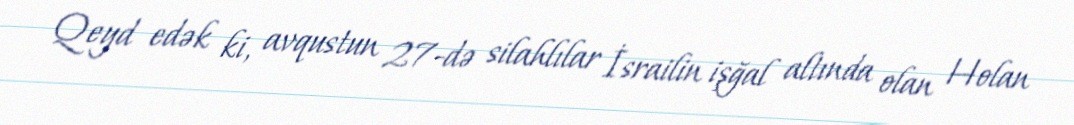
Qeyd edək ki, avqustun 27-də silahlılar İsrailin işğal altında olan Holan